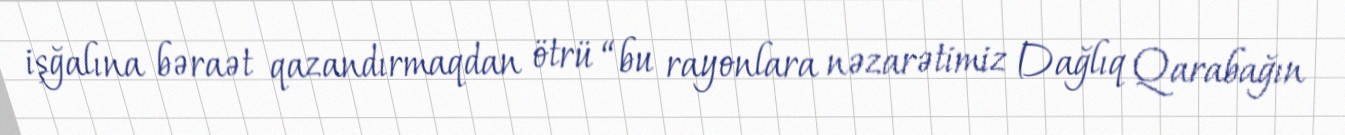
işğalına bəraət qazandırmaqdan ötrü “bu rayonlara nəzarətimiz Dağlıq Qarabağın